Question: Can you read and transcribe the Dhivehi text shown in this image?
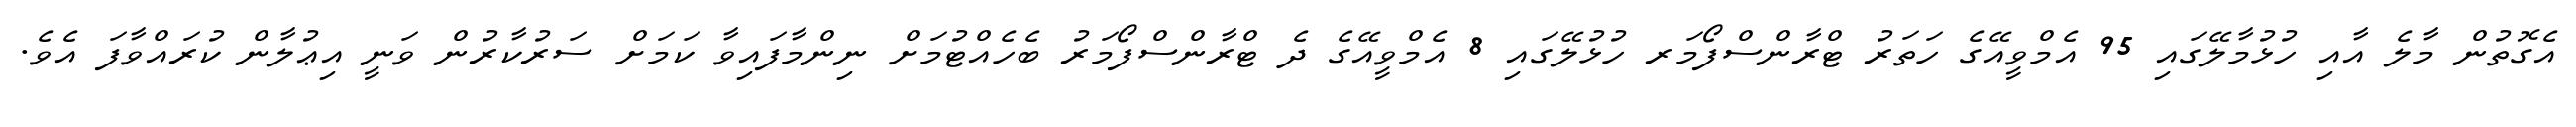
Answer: އެގޮތުން މާލެ އާއި ހުޅުމާލޭގައި 95 އެމްވީއޭގެ ހަތަރު ޓްރާންސްފޯމަރ ހުޅުލޭގައި 8 އެމްވީއޭގެ ދެ ޓްރާންސްފޯމަރު ބެހެއްޓުމަށް ނިންމާފައިވާ ކަމަށް ސަރުކާރުން ވަނީ އިޢުލާން ކުރައްވާފަ އެވެ.